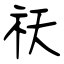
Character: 祆